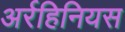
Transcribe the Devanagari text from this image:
अर्रहिनियस